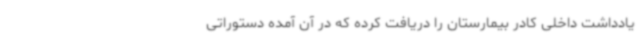
یادداشت داخلی کادر بیمارستان را دریافت کرده که در آن آمده دستوراتی